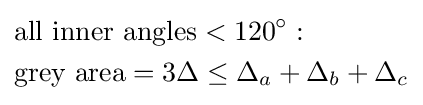
{\begin{aligned}&{\text{all inner angles}}<120^{\circ }:\\&{\text{grey area}}=3\Delta \leq \Delta _{a}+\Delta _{b}+\Delta _{c}\end{aligned}}